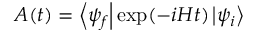
{ \cal { A } } ( t ) = \left\langle \psi _ { f } \right| \exp ( - i H t ) \left| \psi _ { i } \right\rangle